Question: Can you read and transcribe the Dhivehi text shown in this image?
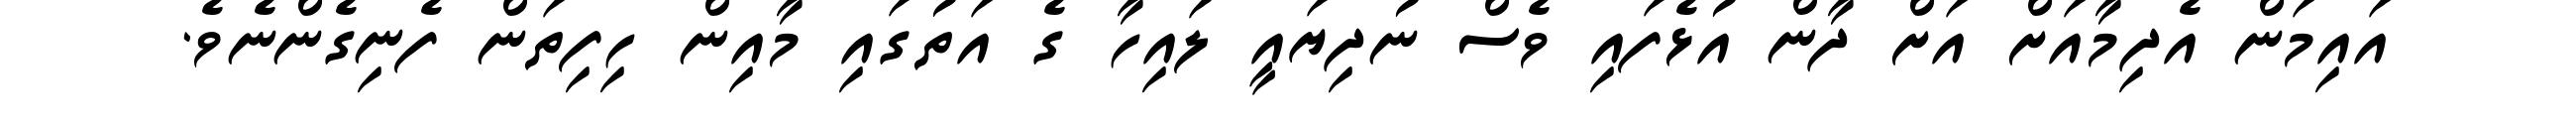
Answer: އައިމަން އެދިމާއަށް އަށް ދާން އުޅެފައި ވެސް ނުދިޔައީ ލައިހާ ގެ އަތުގައި މާއިން ހިފިތަން ފެނިގެންނެވެ.